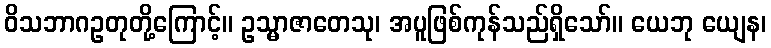
ဝိသဘာဂဥတုတို့ကြောင့်။ ဥသ္မာဇာတေသု၊ အပူဖြစ်ကုန်သည်ရှိသော်။ ယေဘု ယျေန၊